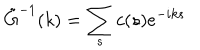
\tilde { G } ^ { - 1 } ( k ) = \sum _ { s } c ( s ) e ^ { - i k s }